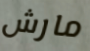
مارش